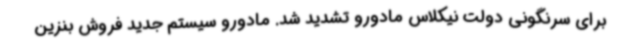
برای سرنگونی دولت نیکلاس مادورو تشدید شد. مادورو سیستم جدید فروش بنزین